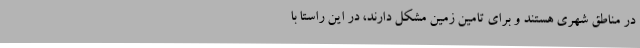
در مناطق شهری هستند و برای تامین زمین مشکل دارند، در این راستا با